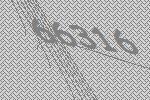
66316